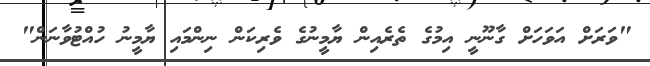
"ވަރަށް އަވަހަށް ގާނޫނީ އިމުގެ ތެރެއިން ޔާމީނުގެ ވެރިކަން ނިންމައި ޔާމީނު ހުއްޓުވާނަން"